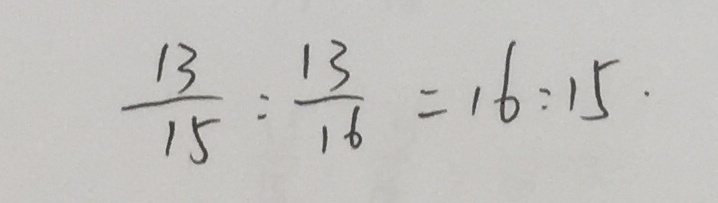
\frac { 1 3 } { 1 5 } : \frac { 1 3 } { 1 6 } = 1 6 : 1 5 .